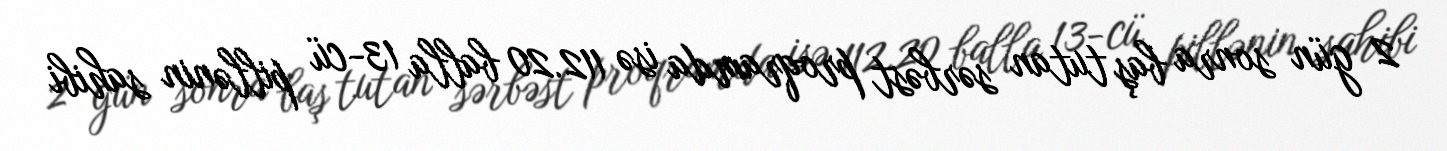
2 gün sonra baş tutan sərbəst proqramda isə 112.20 balla 13-cü pillənin sahibi